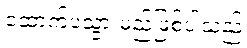
ထောက်ပံ့သွားမည်ဖြစ်ပါသည်